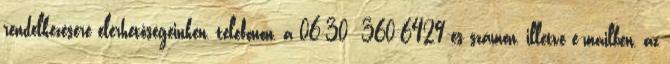
rendelkezésére elérhetőségeinken, telefonon, a 06-30 360-6429-es számon, illetve e-mailben, az